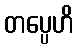
တပ္ပေဟိ